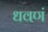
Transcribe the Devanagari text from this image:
धवणं